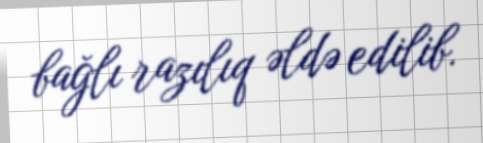
bağlı razılıq əldə edilib.